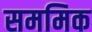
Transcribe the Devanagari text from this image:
सममिक